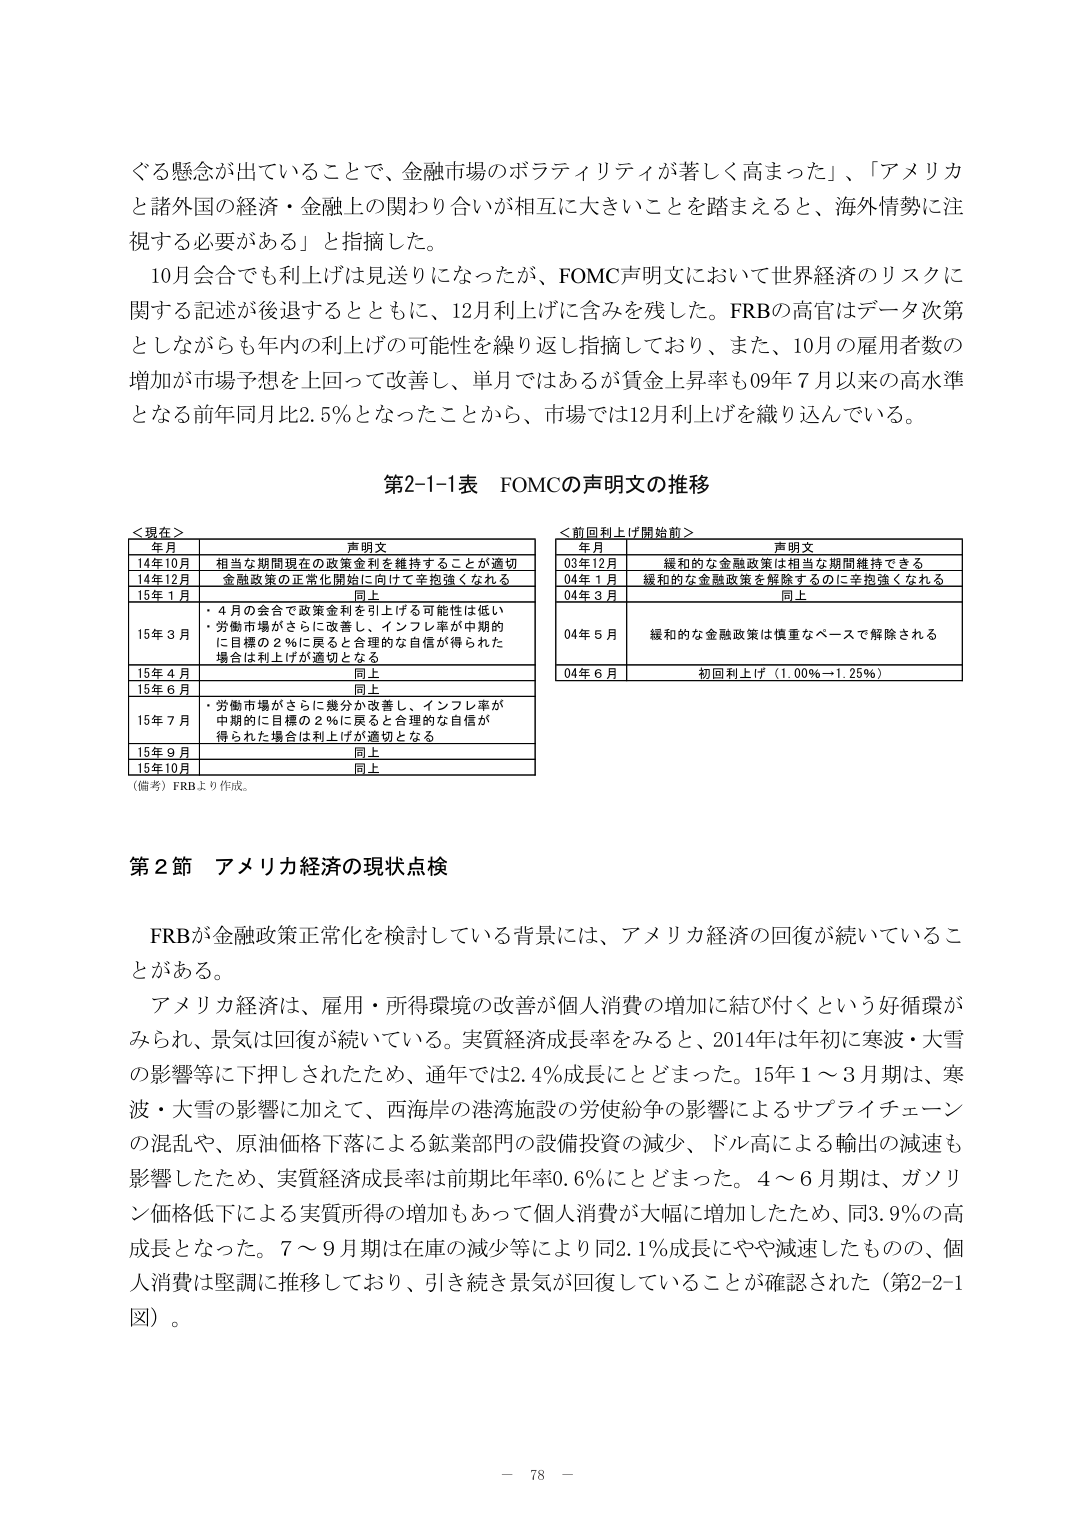
ぐる懸念が出ていることで、金融市場のボラティリティが著しく高まった」、「アメリカと諸外国の経済・金融上の関わり合いが相互に大きいことを踏まえると、海外情勢に注視する必要がある」と指摘した。

10月会合でも利上げは見送りになったが、FOMC声明文において世界経済のリスクに関する記述が後退するとともに、12月利上げに含みを残した。FRBの高官はデータ次第としながらも年内の利上げの可能性を繰り返し指摘しており、また、10月の雇用者数の増加が市場予想を上回って改善し、単月ではあるが賃金上昇率も09年7月以来の高水準となる前年同月比2.5％となったことから、市場では12月利上げを織り込んでいる。

第2-1-1表 FOMCの声明文の推移

＜現在＞
年月 声明文
14年10月 相当な期間現在の政策金利を維持することが適切
14年12月 金融政策の正常化開始に向けて辛抱強くなれる
15年1月 同上
15年3月 ・4月の会合で政策金利を引上げる可能性は低い
・労働市場がさらに改善し、インフレ率が中期的に目標の2％に戻ると合理的な自信が得られた場合は利上げが適切となる
15年4月 同上
15年6月 同上
15年7月 ・労働市場がさらに幾分か改善し、インフレ率が中期的に目標の2％に戻ると合理的な自信が得られた場合は利上げが適切となる
15年9月 同上
15年10月 同上
（備考）FRBより作成。

＜前回利上げ開始前＞
年月 声明文
03年12月 緩和的な金融政策は相当な期間維持できる
04年1月 緩和的な金融政策を解除するのに辛抱強くなれる
04年3月 同上
04年5月 緩和的な金融政策は慎重なペースで解除される
04年6月 初回利上げ（1.00％→1.25％）

第2節 アメリカ経済の現状点検

FRBが金融政策正常化を検討している背景には、アメリカ経済の回復が続いていることがある。

アメリカ経済は、雇用・所得環境の改善が個人消費の増加に結びつくという好循環がみられ、景気は回復が続いている。実質経済成長率をみると、2014年は年初に寒波・大雪の影響等により下押しされたため、通年では2.4％成長にとどまった。15年1～3月期は、寒波・大雪の影響に加えて、西海岸の港湾施設の労使紛争の影響によるサプライチェーンの混乱や、原油価格下落による鉱業部門の設備投資の減少、ドル高による輸出の減速も影響したため、実質経済成長率は前期比年率0.6％にとどまった。4～6月期は、ガソリン価格低下による実質所得の増加もあって個人消費が大幅に増加したため、同3.9％の高成長となった。7～9月期は在庫の減少等により同2.1％成長にやや減速したものの、個人消費は堅調に推移しており、引き続き景気が回復していることが確認された（第2-2-1図）。

－ 78 －